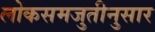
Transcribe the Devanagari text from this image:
लोकसमजुतीनुसार